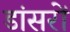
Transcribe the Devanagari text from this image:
डांसरों